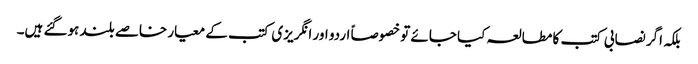
بلکہ اگر نصابی کتب کا مطالعہ کیا جائے تو خصوصاً اردو اور انگریزی کتب کے معیار خاصے بلند ہوگئے ہیں۔